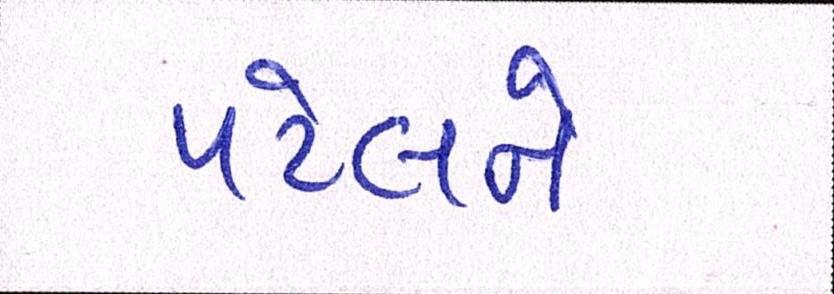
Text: પટેલને